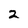
Character: 2